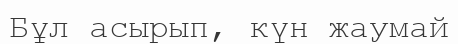
Бұл асырып, күн жаумай